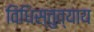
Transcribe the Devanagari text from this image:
विधिस्तुत्याय